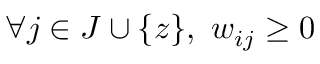
\forall j \in J \cup \{ z \} , \ w _ { i j } \geq 0